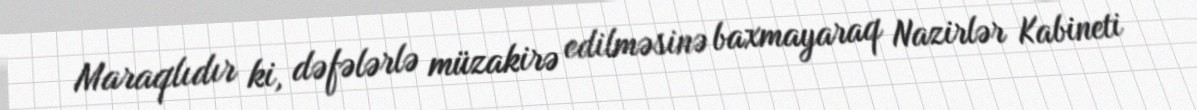
Maraqlıdır ki, dəfələrlə müzakirə edilməsinə baxmayaraq Nazirlər Kabineti